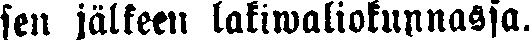
sen jälkeen lakiwaliokunnassa.